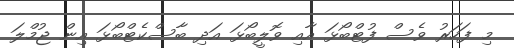
މި ފަހަރު ވެސް ފުޓްބޯޅަ އާއި ވޮލީބޯޅަ އަދި ބާސްކެޓްބޯޅަ އިން ޖުމްލަ